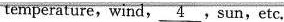
temperature, wind, \underline{4}, sun, etc.